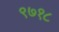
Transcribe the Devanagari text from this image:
९७१८